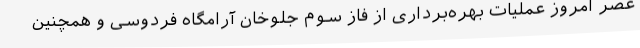
عصر امروز عملیات بهره‌برداری از فاز سوم جلوخان آرامگاه فردوسی و همچنین